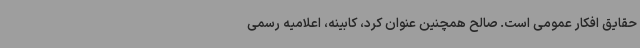
حقایق افکار عمومی است. صالح همچنین عنوان کرد، کابینه، اعلامیه رسمی